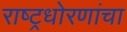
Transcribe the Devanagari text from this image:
राष्ट्रधोरणांचा